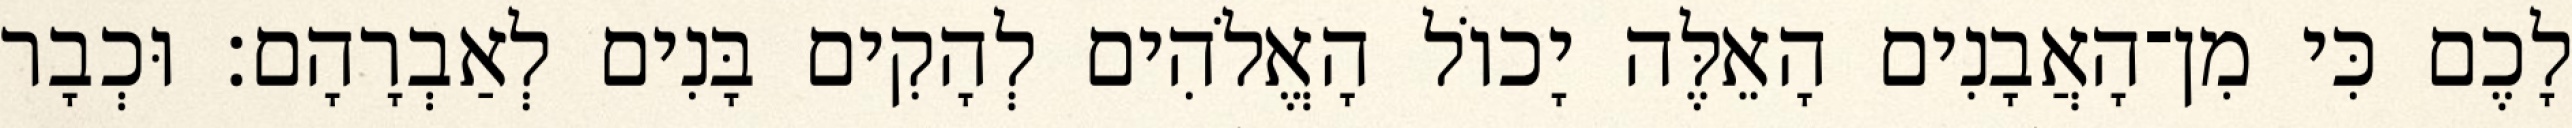
לָכֶם כִּי מִן־הָאֲבָנִים הָאֵלֶּה יָכוֹל הָאֱלֹהִים לְהָקִים בָּנִים לְאַבְרָהָם׃ וּכְבָר